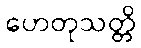
ဟေတုသတ္တိ